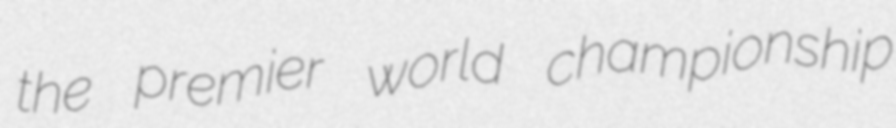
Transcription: the premier world championship